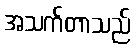
အသက်တာသည်